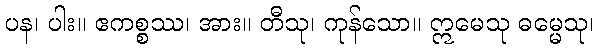
ပန၊ ပါး။ ဧကစ္စဿ၊ အား။ တီသု၊ ကုန်သော။ ဣမေသု ဓမ္မေသု၊